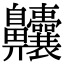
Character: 齉